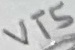
Text: VT5